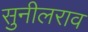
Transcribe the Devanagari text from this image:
सुनीलराव